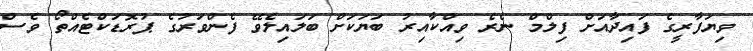
ވިޔަފާރީގެ ފައިދާއަށް ފިލްމް ނެރެ ވިއްކާއިރު ބަޔަކަށް ބަލައިލެވޭ ފެންވަރުގެ ޕުރޮޑަކްޓެއްތޯ ވެސް